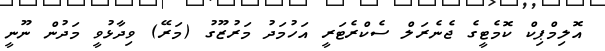
އޮލިމްޕިކް ކޮމެޓީގެ ޖެނެރަލް ސެކްރެޓަރީ އަހުމަދު މަރުޒޫގު (މަރޭ) ވިދާޅުވީ މަދުން ނޫނީ